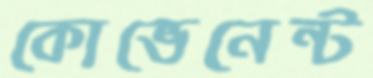
কোভেনেন্ট